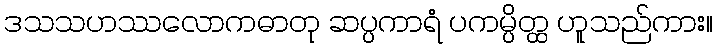
ဒသသဟဿလောကဓာတု ဆပ္ပကာရံ ပကမ္ပိတ္ထ ဟူသည်ကား။